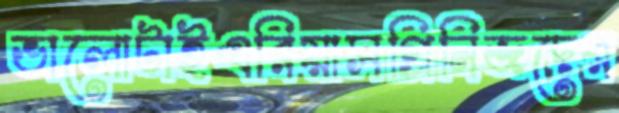
ভালোটাইএরিয়াসগ্রিনিজদের